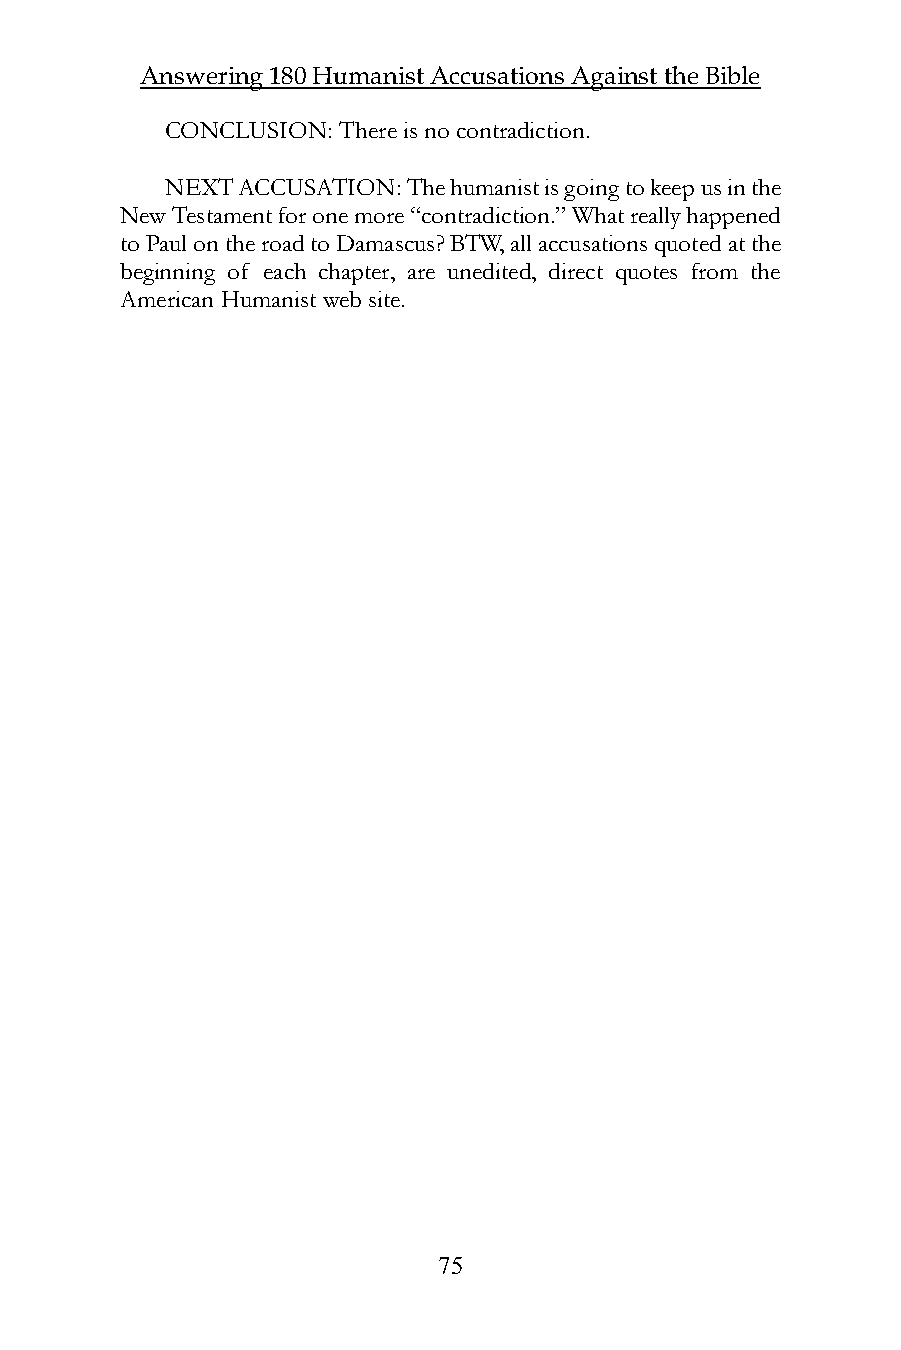
Answering 180 Humanist Accusations Against the Bible
 CONCLUSION: There is no contradiction.
 NEXT ACCUSATION: The humanist is going to keep us in the
 New Testament for one more “contradiction.” What really happened
 to Paul on the road to Damascus? BTW, all accusations quoted at the
 beginning of each chapter, are unedited, direct quotes from the
 American Humanist web site.
 75